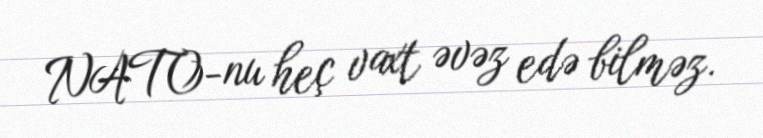
NATO-nu heç vaxt əvəz edə bilməz.